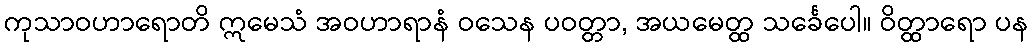
ကုသာဝဟာရောတိ ဣမေသံ အဝဟာရာနံ ဝသေန ပဝတ္တာ, အယမေတ္ထ သင်္ခေပေါ။ ဝိတ္ထာရော ပန